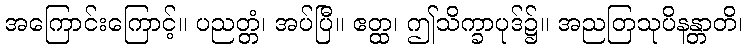
အကြောင်းကြောင့်။ ပညတ္တံ၊ အပ်ပြီ။ ဧတ္ထ၊ ဤသိက္ခာပုဒ်၌။ အညတြသုပိနန္တာတိ၊